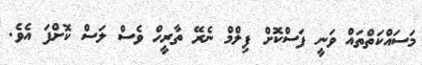
މަސައްކަތްތައް ވަނީ ފަސްކޮށް ފިލްމް ނެރޭ ތާރީހް ވެސް ލަސް ކޮށްފަ އެވެ.